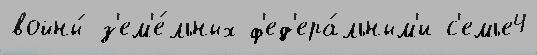
войны́ з'ем'е́льных ф'ед'ера́льным'и с'емье4